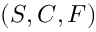
( S , C , F )